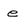
Character: e